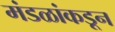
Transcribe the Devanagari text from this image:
मंडळांकडून